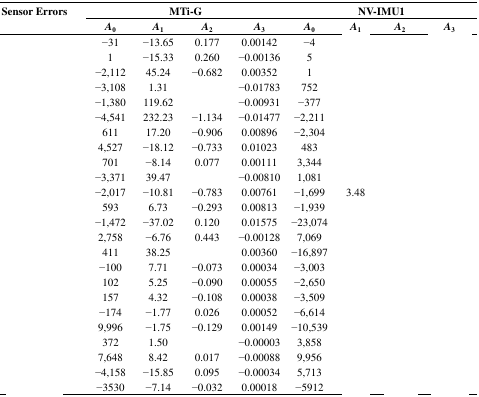
<table><thead><tr><td rowspan="3"><b>Sensor Errors</b></td><td colspan="4"><b>MTi-G</b></td><td colspan="4"><b>NV-IMU1</b></td></tr><tr><td><b><i>A</i><sub>0</sub></b></td><td><b><i>A</i><sub>1</sub></b></td><td><b><i>A</i><sub>2</sub></b></td><td><b><i>A</i><sub>3</sub></b></td><td><b><i>A</i><sub>0</sub></b></td><td><b><i>A</i><sub>1</sub></b></td><td><b><i>A</i><sub>2</sub></b></td><td><b><i>A</i><sub>3</sub></b></td></tr></thead><tbody><tr><td>[EMPTY_CELL]</td><td>−31</td><td>−13.65</td><td>0.177</td><td>0.00142</td><td>−4</td><td>[EMPTY_CELL]</td><td>[EMPTY_CELL]</td><td>[EMPTY_CELL]</td></tr><tr><td>[EMPTY_CELL]</td><td>1</td><td>−15.33</td><td>0.260</td><td>−0.00136</td><td>5</td><td>[EMPTY_CELL]</td><td>[EMPTY_CELL]</td><td>[EMPTY_CELL]</td></tr><tr><td>[EMPTY_CELL]</td><td>−2,112</td><td>45.24</td><td>−0.682</td><td>0.00352</td><td>1</td><td>[EMPTY_CELL]</td><td>[EMPTY_CELL]</td><td>[EMPTY_CELL]</td></tr><tr><td>[EMPTY_CELL]</td><td>−3,108</td><td>1.31</td><td>[EMPTY_CELL]</td><td>−0.01783</td><td>752</td><td>[EMPTY_CELL]</td><td>[EMPTY_CELL]</td><td>[EMPTY_CELL]</td></tr><tr><td>[EMPTY_CELL]</td><td>−1,380</td><td>119.62</td><td>[EMPTY_CELL]</td><td>−0.00931</td><td>−377</td><td>[EMPTY_CELL]</td><td>[EMPTY_CELL]</td><td>[EMPTY_CELL]</td></tr><tr><td>[EMPTY_CELL]</td><td>−4,541</td><td>232.23</td><td>−1.134</td><td>−0.01477</td><td>−2,211</td><td>[EMPTY_CELL]</td><td>[EMPTY_CELL]</td><td>[EMPTY_CELL]</td></tr><tr><td>[EMPTY_CELL]</td><td>611</td><td>17.20</td><td>−0.906</td><td>0.00896</td><td>−2,304</td><td>[EMPTY_CELL]</td><td>[EMPTY_CELL]</td><td>[EMPTY_CELL]</td></tr><tr><td>[EMPTY_CELL]</td><td>4,527</td><td>−18.12</td><td>−0.733</td><td>0.01023</td><td>483</td><td>[EMPTY_CELL]</td><td>[EMPTY_CELL]</td><td>[EMPTY_CELL]</td></tr><tr><td>[EMPTY_CELL]</td><td>701</td><td>−8.14</td><td>0.077</td><td>0.00111</td><td>3,344</td><td>[EMPTY_CELL]</td><td>[EMPTY_CELL]</td><td>[EMPTY_CELL]</td></tr><tr><td>[EMPTY_CELL]</td><td>−3,371</td><td>39.47</td><td>[EMPTY_CELL]</td><td>−0.00810</td><td>1,081</td><td>[EMPTY_CELL]</td><td>[EMPTY_CELL]</td><td>[EMPTY_CELL]</td></tr><tr><td>[EMPTY_CELL]</td><td>−2,017</td><td>−10.81</td><td>−0.783</td><td>0.00761</td><td>−1,699</td><td>3.48</td><td>[EMPTY_CELL]</td><td>[EMPTY_CELL]</td></tr><tr><td>[EMPTY_CELL]</td><td>593</td><td>6.73</td><td>−0.293</td><td>0.00813</td><td>−1,939</td><td>[EMPTY_CELL]</td><td>[EMPTY_CELL]</td><td>[EMPTY_CELL]</td></tr><tr><td>[EMPTY_CELL]</td><td>−1,472</td><td>−37.02</td><td>0.120</td><td>0.01575</td><td>−23,074</td><td>[EMPTY_CELL]</td><td>[EMPTY_CELL]</td><td>[EMPTY_CELL]</td></tr><tr><td>[EMPTY_CELL]</td><td>2,758</td><td>−6.76</td><td>0.443</td><td>−0.00128</td><td>7,069</td><td>[EMPTY_CELL]</td><td>[EMPTY_CELL]</td><td>[EMPTY_CELL]</td></tr><tr><td>[EMPTY_CELL]</td><td>411</td><td>38.25</td><td>[EMPTY_CELL]</td><td>0.00360</td><td>−16,897</td><td>[EMPTY_CELL]</td><td>[EMPTY_CELL]</td><td>[EMPTY_CELL]</td></tr><tr><td>[EMPTY_CELL]</td><td>−100</td><td>7.71</td><td>−0.073</td><td>0.00034</td><td>−3,003</td><td>[EMPTY_CELL]</td><td>[EMPTY_CELL]</td><td>[EMPTY_CELL]</td></tr><tr><td>[EMPTY_CELL]</td><td>102</td><td>5.25</td><td>−0.090</td><td>0.00055</td><td>−2,650</td><td>[EMPTY_CELL]</td><td>[EMPTY_CELL]</td><td>[EMPTY_CELL]</td></tr><tr><td>[EMPTY_CELL]</td><td>157</td><td>4.32</td><td>−0.108</td><td>0.00038</td><td>−3,509</td><td>[EMPTY_CELL]</td><td>[EMPTY_CELL]</td><td>[EMPTY_CELL]</td></tr><tr><td>[EMPTY_CELL]</td><td>−174</td><td>−1.77</td><td>0.026</td><td>0.00052</td><td>−6,614</td><td>[EMPTY_CELL]</td><td>[EMPTY_CELL]</td><td>[EMPTY_CELL]</td></tr><tr><td>[EMPTY_CELL]</td><td>9,996</td><td>−1.75</td><td>−0.129</td><td>0.00149</td><td>−10,539</td><td>[EMPTY_CELL]</td><td>[EMPTY_CELL]</td><td>[EMPTY_CELL]</td></tr><tr><td>[EMPTY_CELL]</td><td>372</td><td>1.50</td><td>[EMPTY_CELL]</td><td>−0.00003</td><td>3,858</td><td>[EMPTY_CELL]</td><td>[EMPTY_CELL]</td><td>[EMPTY_CELL]</td></tr><tr><td>[EMPTY_CELL]</td><td>7,648</td><td>8.42</td><td>0.017</td><td>−0.00088</td><td>9,956</td><td>[EMPTY_CELL]</td><td>[EMPTY_CELL]</td><td>[EMPTY_CELL]</td></tr><tr><td>[EMPTY_CELL]</td><td>−4,158</td><td>−15.85</td><td>0.095</td><td>−0.00034</td><td>5,713</td><td>[EMPTY_CELL]</td><td>[EMPTY_CELL]</td><td>[EMPTY_CELL]</td></tr><tr><td>[EMPTY_CELL]</td><td>−3530</td><td>−7.14</td><td>−0.032</td><td>0.00018</td><td>−5912</td><td>[EMPTY_CELL]</td><td>[EMPTY_CELL]</td><td>[EMPTY_CELL]</td></tr></tbody></table>